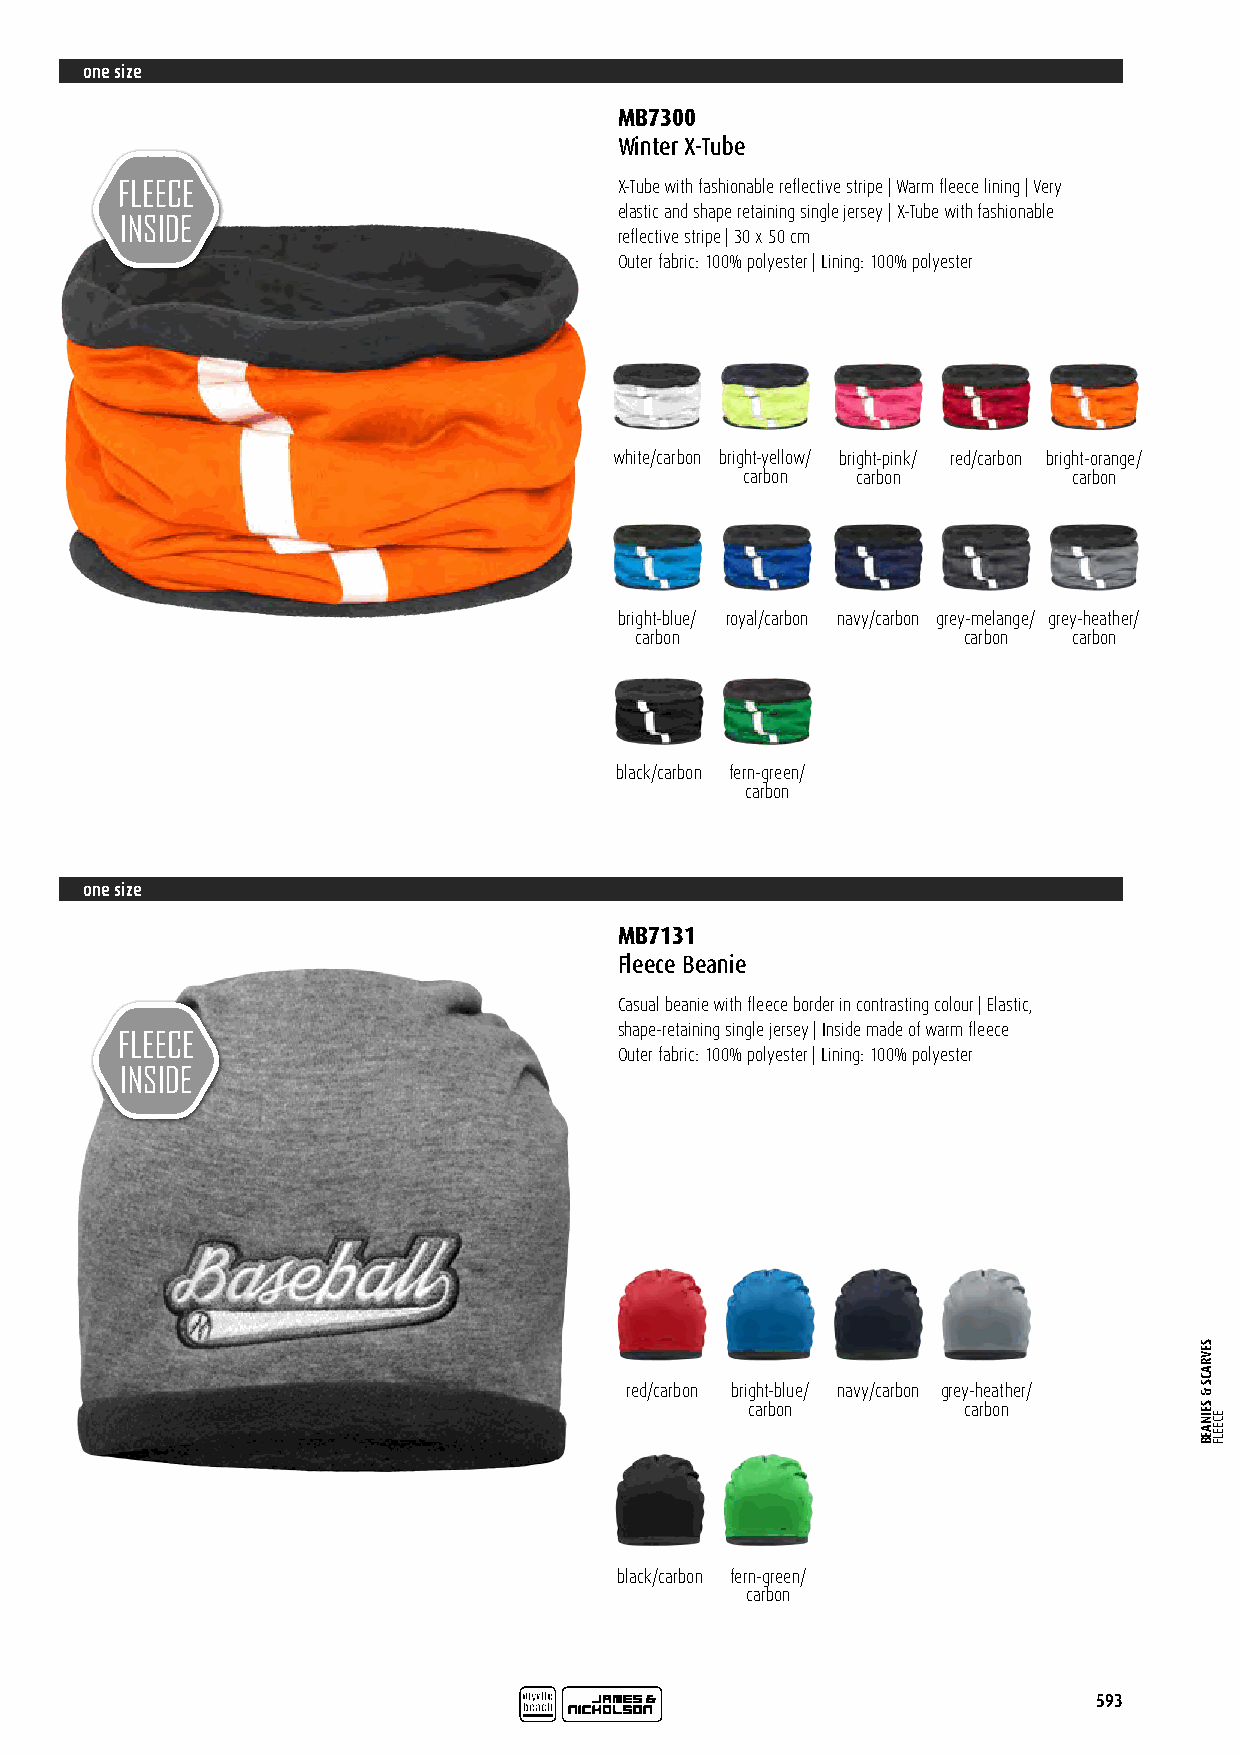
one size
 MB7300
 Winter X-Tube
 X-Tube with fashionable reflective stripe | Warm fleece lining | Very
 elastic and shape retaining single jersey | X-Tube with fashionable
 reflective stripe | 30 x 50 cm
 Outer fabric: 100% polyester | Lining: 100% polyester
 white/carbon bright-yellow/ bright-pink/ red/carbon bright-orange/
 carbon  carbon        carbon
 bright-blue/ royal/carbon navy/carbon grey-melange/ grey-heather/
 carbon                carbon carbon
 black/carbon fern-green/
 carbon
 one size
 MB7131
 Fleece Beanie
 Casual beanie with fleece border in contrasting colour | Elastic,
 shape-retaining single jersey | Inside made of warm fleece
 Outer fabric: 100% polyester | Lining: 100% polyester
 red/carbon bright-blue/ navy/carbon grey-heather/
 carbon         carbon
 black/carbon fern-green/
 carbon
 593
 SEVRACS
 &
 SEINAEB
 ECEELF